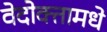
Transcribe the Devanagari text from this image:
वेदोक्तामधे